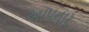
અાપનાર